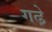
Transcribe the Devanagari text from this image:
गढे़